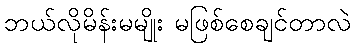
ဘယ်လိုမိန်းမမျိုး မဖြစ်စေချင်တာလဲ